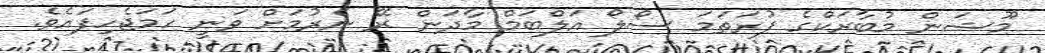
މޫޝަން މުބާރަކްގެ ފުރަތަމަ ސޯލޯ އަލްބަމް މާދަން ރޭ ނެރުމަށް ވަނީ ހަމަޖެހިފައެވެ.